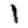
Digit: 1